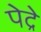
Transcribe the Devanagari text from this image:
पेद्रे